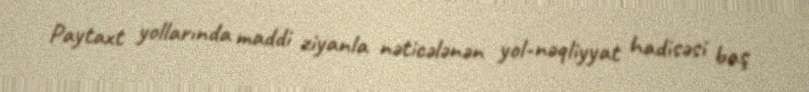
Paytaxt yollarında maddi ziyanla nəticələnən yol-nəqliyyat hadisəsi baş